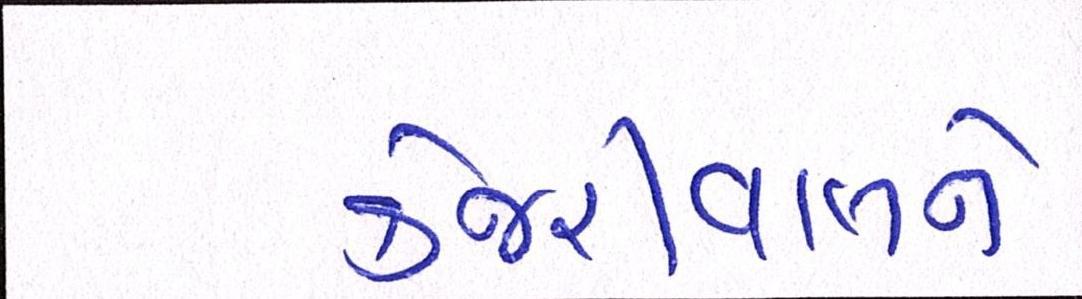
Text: કેજરીવાલે